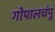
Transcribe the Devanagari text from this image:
गोपालचंपू